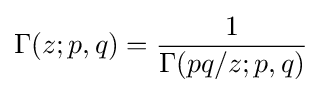
\Gamma (z;p,q)={\frac {1}{\Gamma (pq/z;p,q)}}